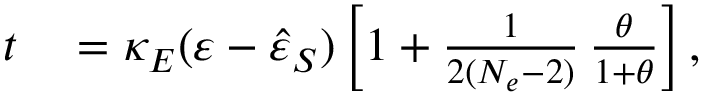
\begin{array} { r l } { t } & { { } = \kappa _ { E } ( \varepsilon - \hat { \varepsilon } _ { S } ) \left[ 1 + \frac { 1 } { 2 ( N _ { e } - 2 ) } \, \frac { \theta } { 1 + \theta } \right] , } \end{array}